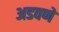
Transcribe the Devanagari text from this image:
अडवणे